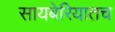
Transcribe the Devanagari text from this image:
सायबेरियातच